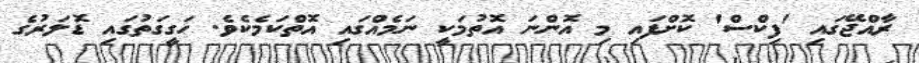
ރާއްޖޭގައި 'ފިކްސް' ކޮށްފައި މި އޮންނަ އޮތުމަކީ ނަމެއްގައި އޮތްކަމެކެވެ. ހަގީގަތުގައި ޑޮލަރުގެ